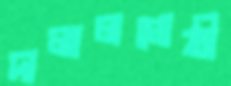
দালালগোষ্ঠী